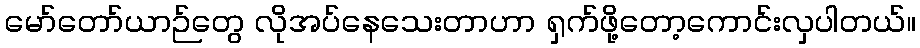
မော်တော်ယာဉ်တွေ လိုအပ်နေသေးတာဟာ ရှက်ဖို့တော့ကောင်းလှပါတယ်။